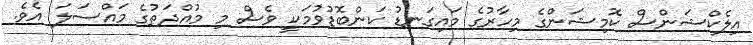
އިލެކްޝަންސް ކޮމިޝަންގެ މިހާރުގެ މައިގަނޑު ކަންބޮޑުވުމަކީ ވެސް މި މުއްދަތުގެ މައްސަލަ އެވެ.